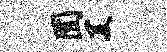
囿美